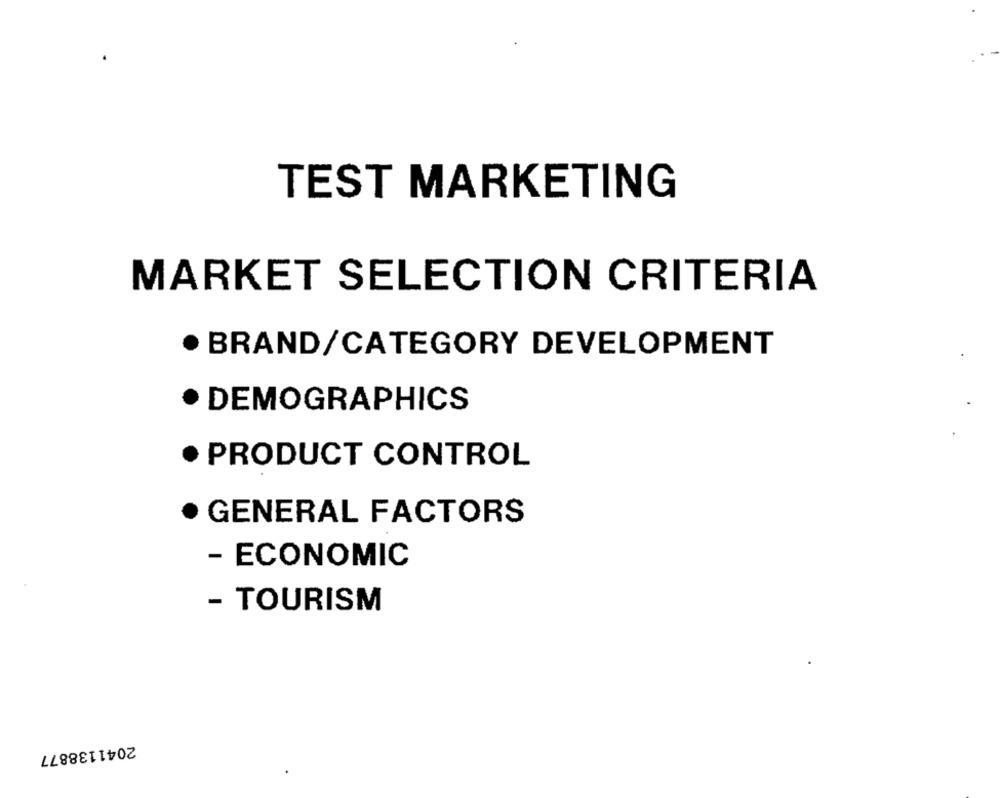
TEST MARKETING
MARKET SELECTION CRITERIA
BRAND/CATEGORY DEVELOPMENT
DEMOGRAPHICS
PRODUCT CONTROL
GENERAL FACTORS
- ECONOMIC
- TOURISM
2041138877